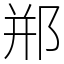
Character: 郱